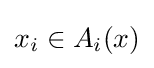
x_{i}\in A_{i}(x)